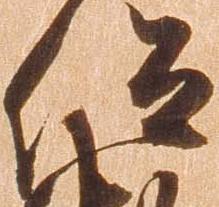
仰